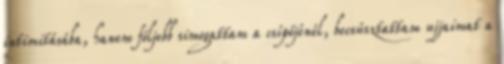
intimitásába, hanem följebb simogattam a csípőjénél, becsúsztattam ujjaimat a